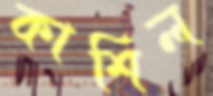
কাশিল